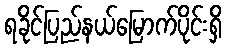
ရခိုင်ပြည်နယ်မြောက်ပိုင်းရှိ